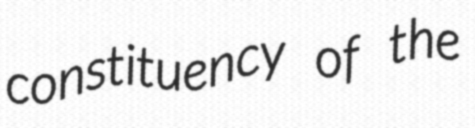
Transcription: constituency of the